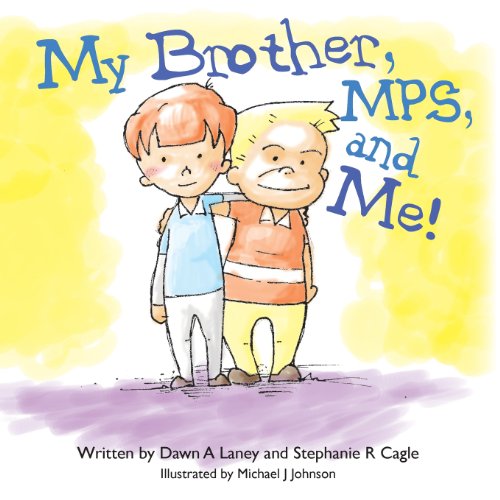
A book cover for My Brother, MPS, and Me!; Dawn A Laney; Health, Fitness & Dieting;